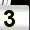
Digit: 3